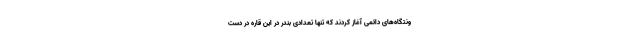
ونتگاه‌های دائمی آغاز کردند که تنها تعدادی بندر در این قاره در دست